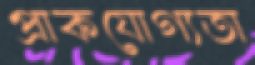
প্রাকযোগ্যতা